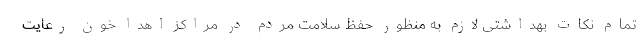
تمام نکات بهداشتی لازم به منظور حفظ سلامت مردم در مراکز اهدا خون رعایت